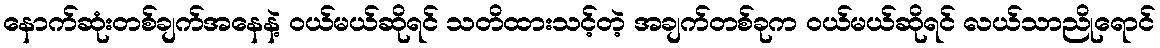
နောက်ဆုံးတစ်ချက်အနေနဲ့ ဝယ်မယ်ဆိုရင် သတိထားသင့်တဲ့ အချက်တစ်ခုက ဝယ်မယ်ဆိုရင် လယ်သာညိုရောင်